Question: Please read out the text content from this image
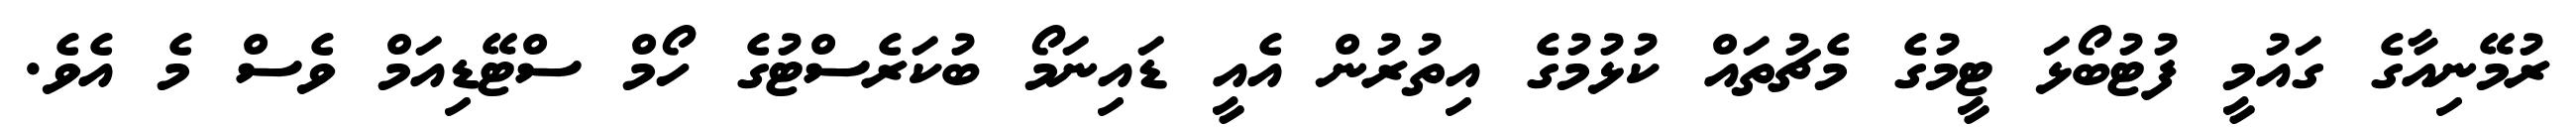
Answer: ރުމޭނިއާގެ ގައުމީ ފުޓުބޯޅަ ޓީމުގެ މެޗުތައް ކުޅުމުގެ އިތުރުން އެއީ ޑައިނަމޯ ބުކަރެސްޓުގެ ހޯމް ސްޓޭޑިއަމް ވެސް މެ އެވެ.